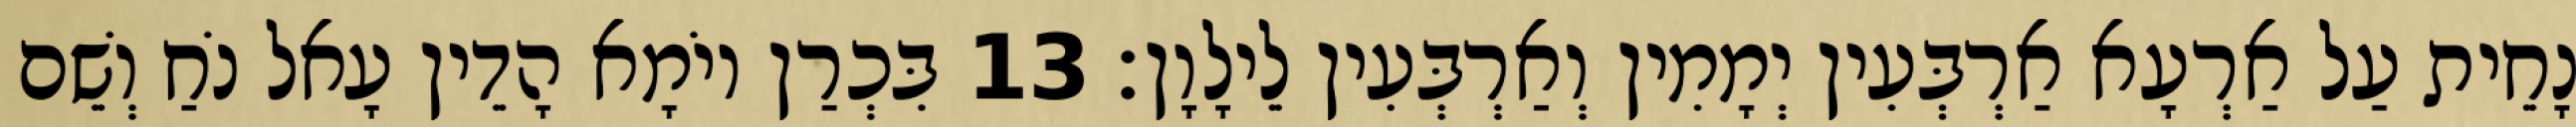
נָחֵית עַל אַרְעָא אַרְבְּעִין יְמָמִין וְאַרְבְּעִין לֵילָוָן׃ 13 בִּכְרַן יוֹמָא הָדֵין עָאל נֹחַ וְשֵׁם